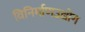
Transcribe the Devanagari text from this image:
विनिर्माणउद्योग